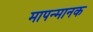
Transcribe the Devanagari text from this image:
मापन्मानक